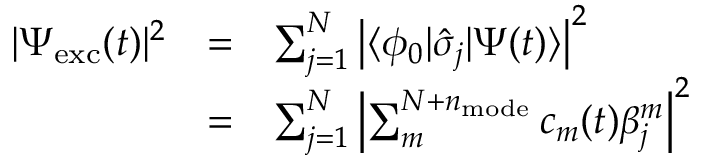
\begin{array} { c c l } { | \Psi _ { \mathrm { e x c } } ( t ) | ^ { 2 } } & { = } & { \sum _ { j = 1 } ^ { N } \left| \langle \phi _ { 0 } | \hat { \sigma } _ { j } | \Psi ( t ) \rangle \right| ^ { 2 } } \\ & { = } & { \sum _ { j = 1 } ^ { N } \left| \sum _ { m } ^ { N + n _ { \mathrm { m o d e } } } c _ { m } ( t ) \beta _ { j } ^ { m } \right| ^ { 2 } } \end{array}